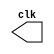
// ------------------------- 
// Exemplo0042  CLOCK
// Nome: Debora Amaral Chaves 
// ------------------------- 

// --------------------------- 
// -- test clock generator (2) 
// --------------------------- 
 
module clock ( clk ); 
 output clk; 
 reg      clk; 
 
 initial 
  begin 
   clk = 1'b0; 
  end 
 
 always 
  begin 
   #12 clk = ~clk; 
  end 
endmodule 
 
module pulse ( signal, clock ); 
 input  clock; 
 output signal; 
 reg      signal; 
 
 always @ ( clock ) 
  begin 
        signal = 1'b1; 
  #3  signal = 1'b0; 
  #3  signal = 1'b1; 
  #3  signal = 1'b0; 
  end 
endmodule // pulse 
 
module trigger ( signal, on, clock ); 
 input  on, clock; 
 output signal; 
 reg      signal; 
 
 always @ ( posedge clock & on ) 
  begin 
  #60 signal = 1'b1; 
  #60 signal = 1'b0; 
  end 
endmodule // trigger 
 module Exemplo0042; 
 
 wire   clock; 
 clock clk ( clock ); 
 
 reg   p; 
 
 wire  p1,t1; 
 
 pulse   pulse1   ( p1, clock ); 
 trigger trigger1 ( t1, p, clock ); 
 
 initial begin 
   p = 1'b0; 
 end 
 
 initial begin 
  $dumpfile ( "G:/PenDrive/PUC/2periodo/AC/Guia06/Exemplo0042.vcd" ); 
  $dumpvars ( 1, clock, p1, p, t1 ); 
 
  #060 p = 1'b1; 
  #120 p = 1'b0; 
  #180 p = 1'b1; 
  #240 p = 1'b0; 
  #300 p = 1'b1; 
  #360 p = 1'b0; 
  #376 $finish; 
 end 
 
endmodule // Exemplo0042